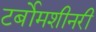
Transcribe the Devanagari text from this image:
टर्बोमशीनरी